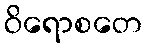
ဝိရောစတေ